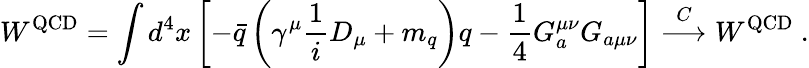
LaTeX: W^{\mathrm{QCD}}=\int d^{4}x\left[-\bar{q}\left(\gamma^{\mu}\frac{1}{i}D_{\mu}+m_{q}\right)q-\frac{1}{4}G_{a}^{\mu\nu}G_{a\mu\nu}\right]\stackrel{C}{\longrightarrow}W^{\mathrm{QCD}}~.